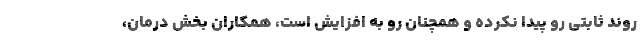
روند ثابتی رو پیدا نکرده و همچنان رو به افزایش است، همکاران بخش درمان،